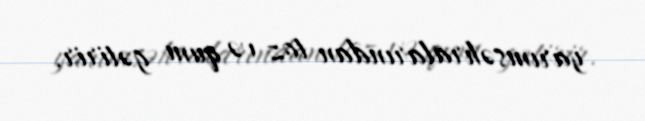
yarımsəhralarından toz və qum gətirir.